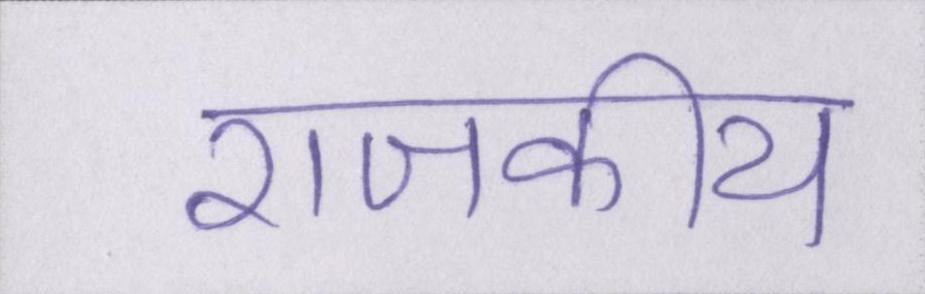
राजकीय